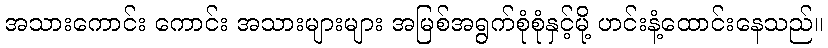
အသားကောင်း ကောင်း အသားများများ အမြစ်အရွက်စုံစုံနှင့်မို့ ဟင်းနံ့ထောင်းနေသည်။